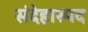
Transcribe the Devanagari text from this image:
संदेहास्‍पद